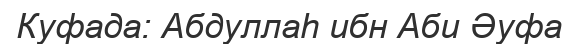
Куфада: Абдуллаһ ибн Аби Әуфа